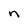
Character: n